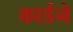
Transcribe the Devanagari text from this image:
कार्डने